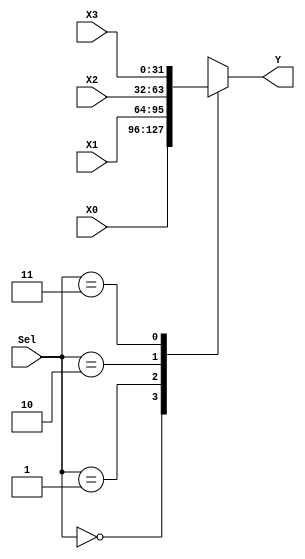
module mux_4x1_32b(output reg [31:0] Y, input [1:0] Sel, input [31:0] X0, X1, X2, X3);
	always @(Sel, X0, X1, X2, X3) 
		case(Sel)
			2'b00:	Y = X0;
			2'b01: 	Y = X1;
			2'b10:	Y = X2;
			2'b11: 	Y = X3;
		endcase
endmodule